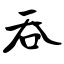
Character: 吞